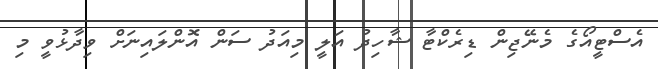
އެސްޓީއޯގެ މެނޭޖިން ޑިރެކްޓާ ޝާހިދު އަލީ މިއަދު ސަން އޮންލައިނަށް ވިދާޅުވީ މި